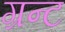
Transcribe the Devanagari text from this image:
ग्रन्ट